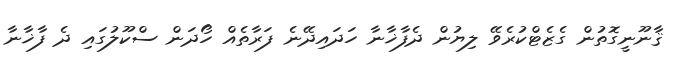
ޤާނޫނީގޮތުން ގެޒެޓްކުރެވޭ ލިޔުން ދެފާޚާނާ ހަދައިދޭނެ ފަރާތެއް ހޯދަން ސްކޫލުގައި ދެ ފާޚާނާ